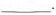
___$$.